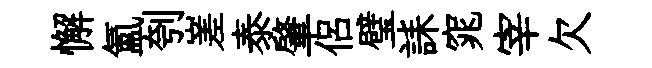
懈氳刳嵳泰肇侶璧誄窕宰欠